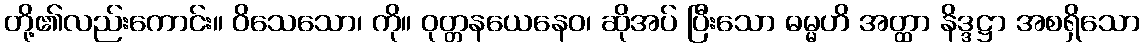
တို့၏လည်းကောင်း။ ဝိသေသော၊ ကို။ ဝုတ္တနယေနေဝ၊ ဆိုအပ် ပြီးသော ဓမ္မဟိ အတ္ထာ နိဒ္ဒဋ္ဌာ အစရှိသော